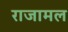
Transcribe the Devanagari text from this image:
राजामल